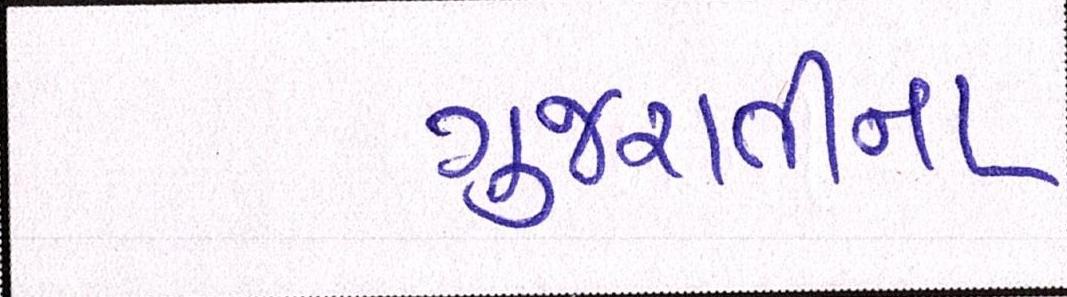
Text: ગુજરાતીના